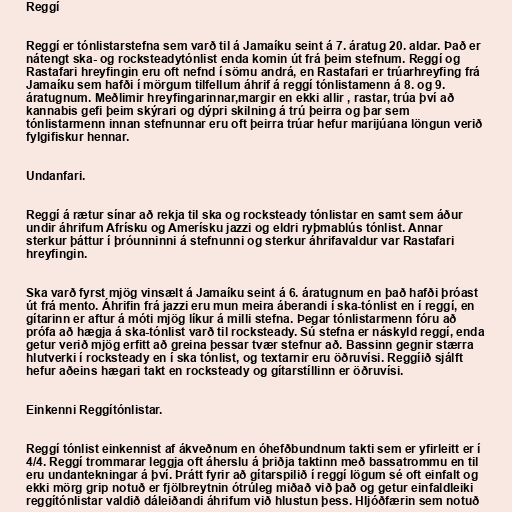
Reggí

Reggí er tónlistarstefna sem varð til á Jamaíku seint á 7. áratug 20. aldar. Það er
nátengt ska- og rocksteadytónlist enda komin út frá þeim stefnum. Reggí og
Rastafari hreyfingin eru oft nefnd í sömu andrá, en Rastafari er trúarhreyfing frá
Jamaíku sem hafði í mörgum tilfellum áhrif á reggí tónlistamenn á 8. og 9.
áratugnum. Meðlimir hreyfingarinnar,margir en ekki allir , rastar, trúa því að
kannabis gefi þeim skýrari og dýpri skilning á trú þeirra og þar sem
tónlistarmenn innan stefnunnar eru oft þeirra trúar hefur marijúana löngun verið
fylgifiskur hennar.

Undanfari.

Reggí á rætur sínar að rekja til ska og rocksteady tónlistar en samt sem áður
undir áhrifum Afrísku og Amerísku jazzi og eldri ryþmablús tónlist. Annar
sterkur þáttur í þróunninni á stefnunni og sterkur áhrifavaldur var Rastafari
hreyfingin.

Ska varð fyrst mjög vinsælt á Jamaíku seint á 6. áratugnum en það hafði þróast
út frá mento. Áhrifin frá jazzi eru mun meira áberandi í ska-tónlist en í reggí, en
gítarinn er aftur á móti mjög líkur á milli stefna. Þegar tónlistarmenn fóru að
prófa að hægja á ska-tónlist varð til rocksteady. Sú stefna er náskyld reggí, enda
getur verið mjög erfitt að greina þessar tvær stefnur að. Bassinn gegnir stærra
hlutverki í rocksteady en í ska tónlist, og textarnir eru öðruvísi. Reggíið sjálft
hefur aðeins hægari takt en rocksteady og gítarstíllinn er öðruvísi.

Einkenni Reggítónlistar.

Reggí tónlist einkennist af ákveðnum en óhefðbundnum takti sem er yfirleitt er í
4/4. Reggí trommarar leggja oft áherslu á þriðja taktinn með bassatrommu en til
eru undantekningar á því. Þrátt fyrir að gítarspilið í reggí lögum sé oft einfalt og
ekki mörg grip notuð er fjölbreytnin ótrúleg miðað við það og getur einfaldleiki
reggítónlistar valdið dáleiðandi áhrifum við hlustun þess. Hljóðfærin sem notuð